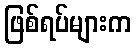
ဖြစ်ရပ်များက